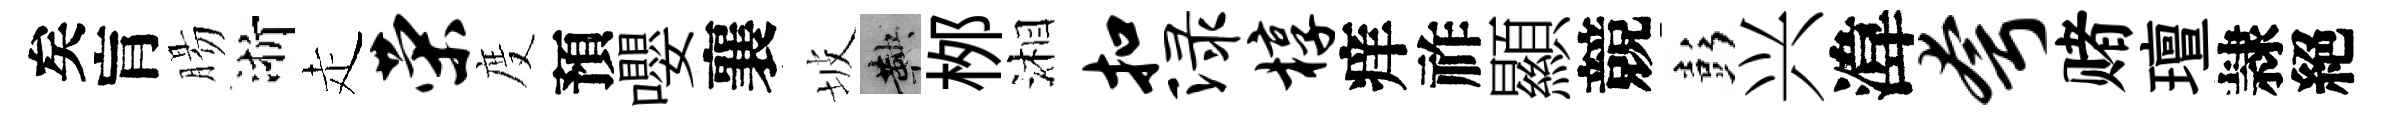
矣肓腸浙走荣度預嚶襄坡鞅桞湘扣渌椁痒祚顯競彭兴湋夸赌璮隷絕